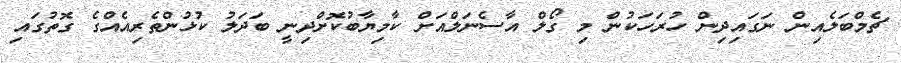
ޗެމްބަލެއިން ނަގައިދިން ހުރަހަކުން މި ގޯލް އާސެނަލްއަށް ކާމިޔާބުކޮށްދިނީ ބަދަލު ކުޅުންތެރިއެއްގެ ގޮތުގައި